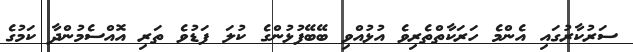
ސަރުކާރުގައި އެންމެ ހަރަކާތްތެރިވެ އުޅުއްވި ބޭބޭފުޅުންގެ ކުލަ ފަޑުވެ ތަރި އޮއްސެމުންދާ ކަމުގެ